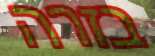
בזרה